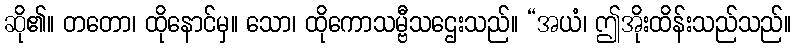
ဆို၏။ တတော၊ ထိုနောင်မှ။ သော၊ ထိုကောသမ္ဗီသဌေးသည်။ “အယံ၊ ဤအိုးထိန်းသည်သည်။